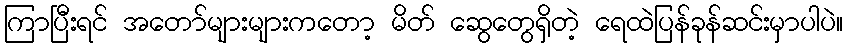
ကြာပြီးရင် အတော်များများကတော့ မိတ် ဆွေတွေရှိတဲ့ ရေထဲပြန်ခုန်ဆင်းမှာပါပဲ။